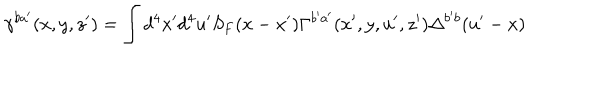
\gamma ^ { b a ^ { \prime } } ( x , y , z ^ { \prime } ) = \int d ^ { 4 } x ^ { \prime } d ^ { 4 } u ^ { \prime } S _ { F } ( x - x ^ { \prime } ) \Gamma ^ { b ^ { \prime } a ^ { \prime } } ( x ^ { \prime } , y , u ^ { \prime } , z ^ { \prime } ) \Delta ^ { b ^ { \prime } b } ( u ^ { \prime } - x )